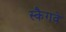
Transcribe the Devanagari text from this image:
स्कैगवे